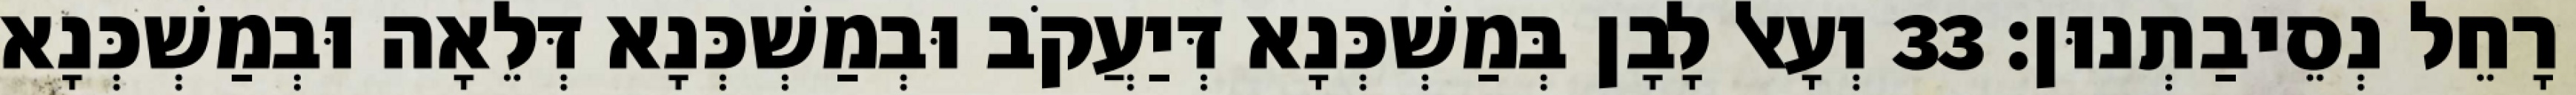
רָחֵל נְסֵיבַתְנוּן׃ 33 וְעָאל לָבָן בְּמַשְׁכְּנָא דְּיַעֲקֹב וּבְמַשְׁכְּנָא דְּלֵאָה וּבְמַשְׁכְּנָא